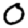
Digit: 0